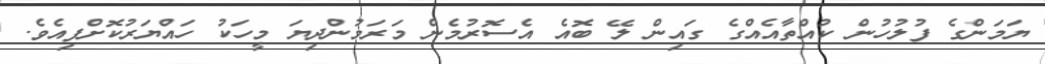
ޔަމަންގެ ފުލުހުން ކުއްތާއެއްގެ ގައިން ލޭ ބޮއެ އެސޮރުމެން މަރަމުންދިޔަ މީހަކު ހައްޔަރުކޮށްފިއެވެ.